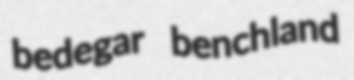
bedegar benchland